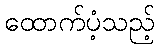
ထောက်ပံ့သည့်